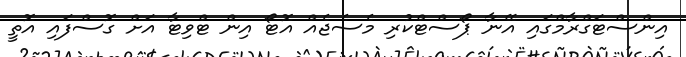
އިންސްޓަގްރާމްގައި އޭނާ ޕޯސްޓްކުރި މެސެޖެއް އޮޓޯ އިން ޓްވިޓާ އަށް ގޮސްފައި އޮތީ